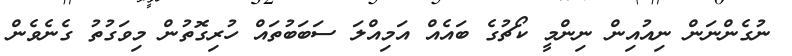
ނުގެންނަން ނިއުއިން ނިންމީ ކޯޗުގެ ބައެއް އަމިއްލަ ސަބަބުތައް ހުރިގޮތުން މިވަގުތު ގެނެވެން